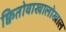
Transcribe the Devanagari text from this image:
क्वितोवाखालोखाल